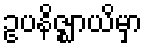
ဥပနိဇ္ဈာယိမှာ